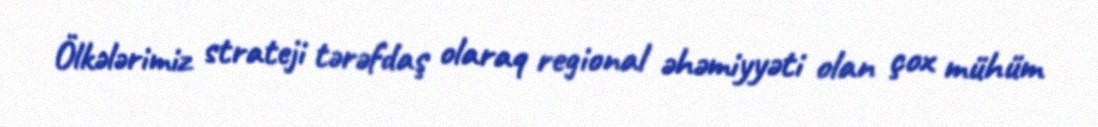
Ölkələrimiz strateji tərəfdaş olaraq regional əhəmiyyəti olan çox mühüm